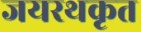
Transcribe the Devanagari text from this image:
जयरथकृत